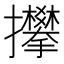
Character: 𢺏